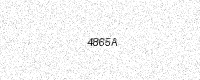
Text: 4865A